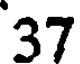
37